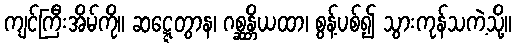
ကျင်ကြီးအိမ်ကို။ ဆဋ္ဋေတွာန၊ ဂစ္ဆန္တိယထာ၊ စွန့်ပစ်၍ သွားကုန်သကဲ့သို့။